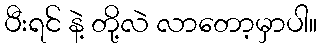
ပီးရင် နဲ့ တို့လဲ လာတော့မှာပါ။